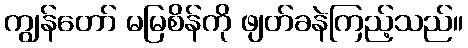
ကျွန်တော် မမြစိန်ကို ဖျတ်ခနဲကြည့်သည်။